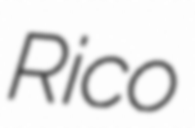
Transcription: Rico